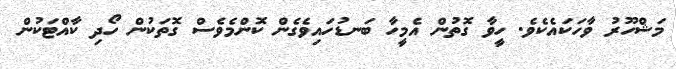
މަޝްހޫރު ވާހަކައެކެވެ. ހީވާ ގޮތުން އެމީހާ ބަނޑުހައިވެގެން ކޮންމެވެސް ގޮތަކުން ހޯދި ކާއްޓަކުން